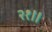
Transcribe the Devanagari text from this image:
२१॥